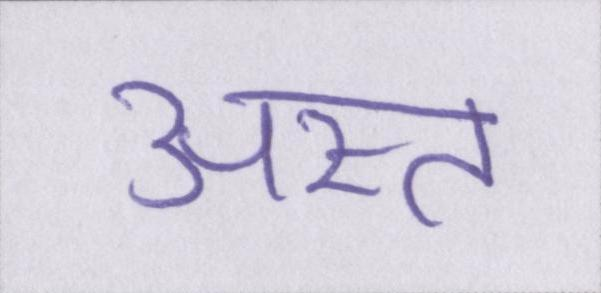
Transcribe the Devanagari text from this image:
अस्त